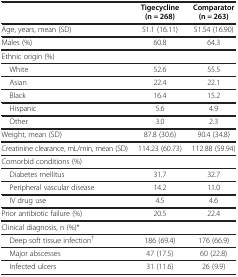
<table><thead><tr><td><b> </b></td><td><b>Tigecycline (n = 268)</b></td><td><b>Comparator (n = 263)</b></td></tr></thead><tbody><tr><td>Age, years, mean (SD)</td><td>51.1 (16.11)</td><td>51.54 (16.90)</td></tr><tr><td>Males (%)</td><td>60.8</td><td>64.3</td></tr><tr><td colspan="3">Ethnic origin (%)</td></tr><tr><td> White</td><td>52.6</td><td>55.5</td></tr><tr><td> Asian</td><td>22.4</td><td>22.1</td></tr><tr><td> Black</td><td>16.4</td><td>15.2</td></tr><tr><td> Hispanic</td><td>5.6</td><td>4.9</td></tr><tr><td> Other</td><td>3.0</td><td>2.3</td></tr><tr><td>Weight, mean (SD)</td><td>87.8 (30.6)</td><td>90.4 (34.8)</td></tr><tr><td>Creatinine clearance, mL/min, mean (SD)</td><td>114.23 (60.73)</td><td>112.88 (59.94)</td></tr><tr><td colspan="3">Comorbid conditions (%)</td></tr><tr><td> Diabetes mellitus</td><td>31.7</td><td>32.7</td></tr><tr><td> Peripheral vascular disease</td><td>14.2</td><td>11.0</td></tr><tr><td> IV drug use</td><td>4.5</td><td>4.6</td></tr><tr><td>Prior antibiotic failure (%)</td><td>20.5</td><td>22.4</td></tr><tr><td colspan="3">Clinical diagnosis, n (%)*</td></tr><tr><td> Deep soft tissue infection<sup>†</sup></td><td>186 (69.4)</td><td>176 (66.9)</td></tr><tr><td> Major abscesses</td><td>47 (17.5)</td><td>60 (22.8)</td></tr><tr><td> Infected ulcers</td><td>31 (11.6)</td><td>26 (9.9)</td></tr></tbody></table>